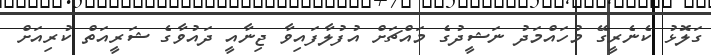
ގަލޮޅު ކެނެރީގޭ މުހައްމަދު ނަޝީދުގެ މައްޗަށް އުފުލާފައިވާ ޖިނާއީ ދައުވާގެ ޝަރީއަތް ކުރިއަށް